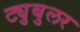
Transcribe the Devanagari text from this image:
ट्युबुलर